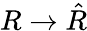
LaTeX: R\to{\hat{R}}